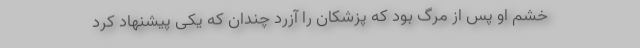
خشم او پس از مرگ بود که پزشکان را آزُرد چندان که یکی پیشنهاد کرد